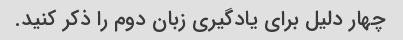
چهار دلیل برای یادگیری زبان دوم را ذکر کنید.